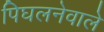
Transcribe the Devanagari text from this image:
पिघलनेवाले